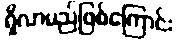
ရှိလာမည်ဖြစ်ကြောင်း